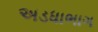
અડધાભાગ